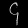
Digit: ၄